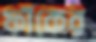
ফাঁকের